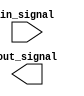
module IO_Low_Power_Buffer (
    input wire in_signal,
    output wire out_signal
);

// Implement the low-power buffer logic here

endmodule